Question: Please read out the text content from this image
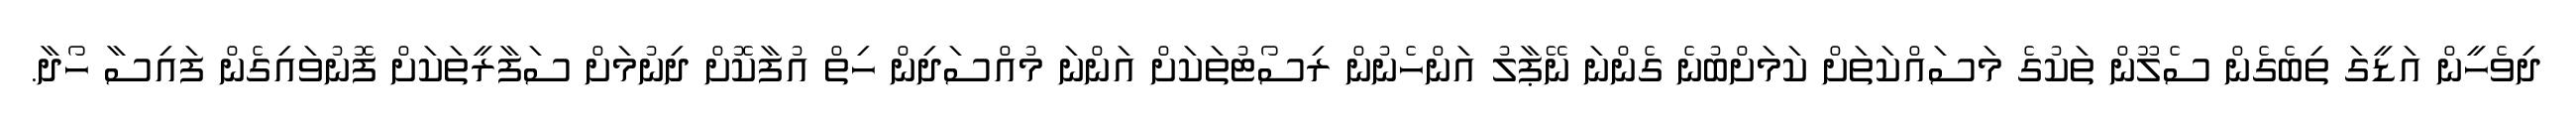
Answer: ދިވެހީން އަޑީގަ ތިބެގެން ސެލޫން ތަކުގެ މަސައްކަތަށް ކަމަށްބުނެ ގެންނަ ނޭޕާލު އަންހެނުން ރިސޯޓުތަކަށް އަންނަ މުއްސަދިން ހިތް އުފާކޮށް ދިނުމަށް ސަފާރީތަކަށް ފޮނުވައިގެން ފައިސާ ހޯދާ.